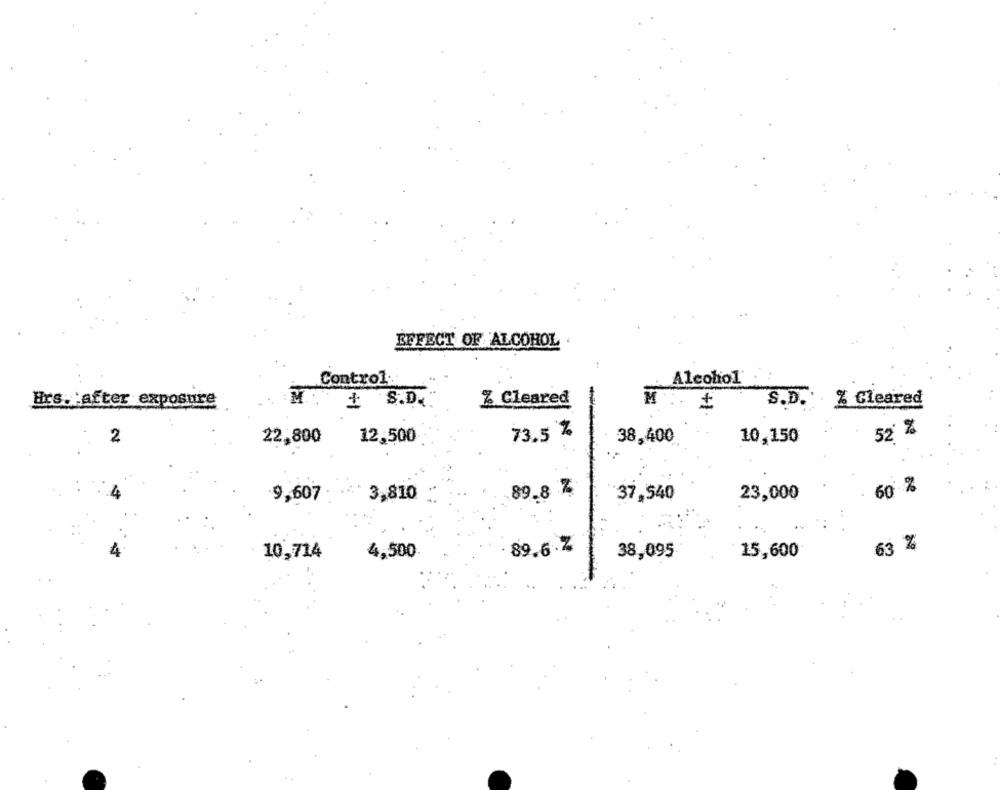
EFFECT OF ALCOHOL .
Alcohol
Control:
Hrs. after exposure
# S.D.
% Cleared
S.D. % Cleared
+
73.5 %
52 %
2
22,800
12,500
38,400
10,150
60 %
9,607
3,810
89.8 %
37,540
23,000
89.6.7
38,095
15,600
63 %
10,714
4,500